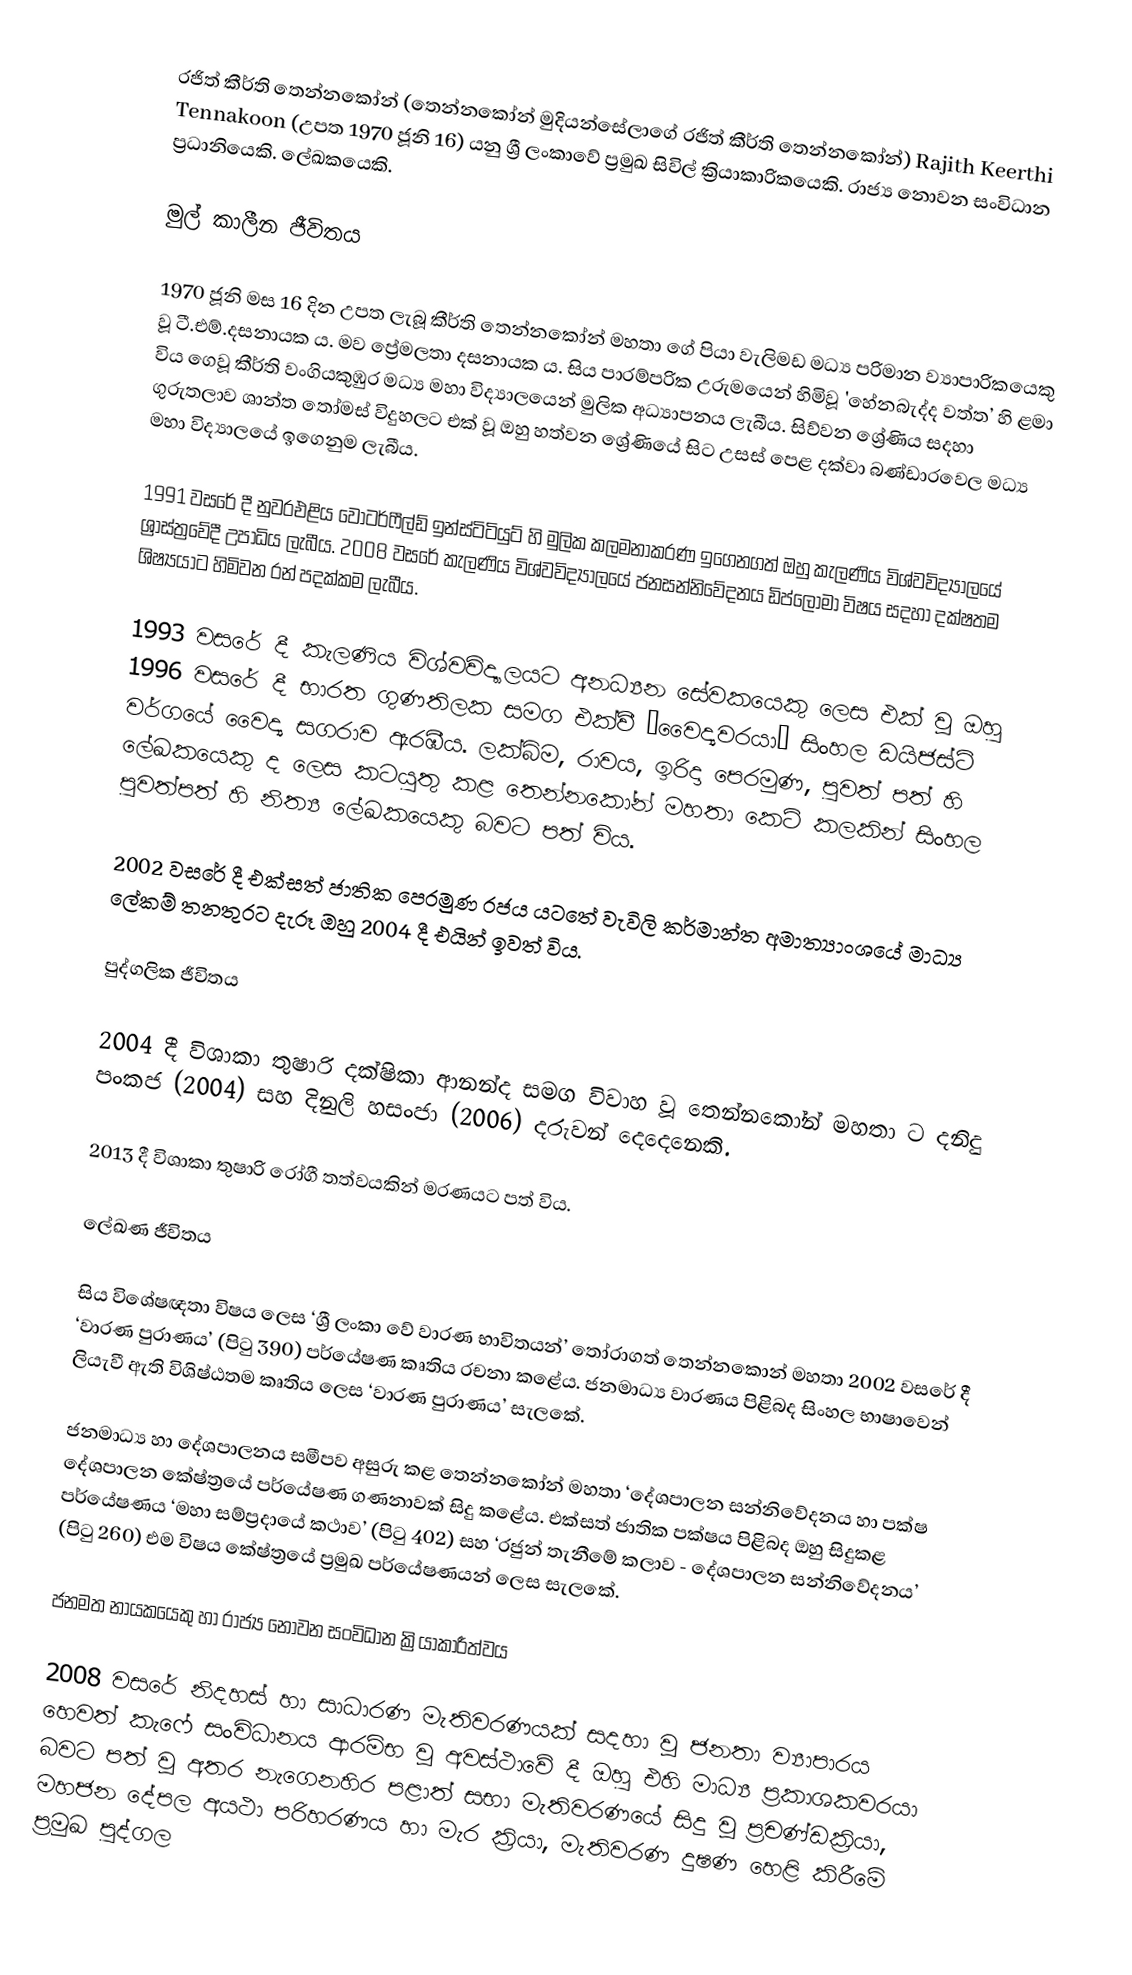
රජිත් කීර්ති තෙන්නකෝන්  (තෙන්නකෝන් මුදියන්සේලාගේ රජිත් කීර්ති තෙන්නකෝන්)  Rajith Keerthi Tennakoon  (උපත 1970 ජූනි 16) යනු ශ්‍රී ලංකාවේ ප්‍රමුඛ සිවිල් ක්‍රියාකාරිකයෙකි. රාජ්‍ය නොවන සංවිධාන ප්‍රධානියෙකි.  ලේඛකයෙකි.  

මුල් කාලීන ජීවිතය

1970 ජූනි මස 16 දින උපත ලැබූ කීර්ති තෙන්නකෝන් මහතා ගේ පියා වැලිමඩ මධ්‍ය පරිමාන ව්‍යාපාරිකයෙකු වූ ටී.එම්.දසනායක ය.  මව ප්‍රේමලතා දසනායක ය. සිය පාරම්පරික උරුමයෙන් හිමිවූ 'හේනබැද්ද වත්ත’ හි ළමා විය ගෙවූ කීර්ති වංගියකුඹුර මධ්‍ය මහා විද්‍යාලයෙන් මුලික අධ්‍යාපනය ලැබීය.  සිව්වන ශ්‍රේණිය සදහා ගුරුතලාව ශාන්ත තෝමස් විදුහලට එක් වූ ඔහු හත්වන ශ්‍රේණියේ සිට උසස් පෙළ දක්වා බණ්ඩාරවෙල මධ්‍ය මහා විද්‍යාලයේ ඉගෙනුම ලැබීය.

1991 වසරේ දී නුවරඑළිය වෝටර්ෆීල්ඩ් ඉන්ස්ටිටියුට් හි මුලික කලමනාකරණ ඉගෙනගත් ඔහු කැලණිය විශ්වවිද්‍යාලයේ ශ්‍රාස්ත්‍රවේදී උපාධිය ලැබීය.  2008 වසරේ කැලණිය විශ්වවිද්‍යාලයේ ජනසන්නිවේදනය ඩිප්ලෝමා විෂය සදහා දක්ෂතම ශිෂ්‍යයාට හිමිවන රන් පදක්කම ලැබීය.   

1993 වසරේ දී කැලණිය විශ්වවිද්‍යාලයට අනධ්‍යන සේවකයෙකු ලෙස එක් වූ ඔහු 1996 වසරේ දී භාරත ගුණතිලක සමග එක්වී ‘වෛද්‍යවරයා’ සිංහල ඩයිජස්ට් වර්ගයේ වෛද්‍ය සගරාව ඇරඹීය.  ලක්බිම, රාවය, ඉරිදා පෙරමුණ, පුවත් පත් හි ලේඛකයෙකු ද ලෙස කටයුතු කළ තෙන්නකෝන් මහතා කෙටි කලකින් සිංහල පුවත්පත් හි නිත්‍ය ලේඛකයෙකු බවට පත් විය. 

2002 වසරේ දී එක්සත් ජාතික පෙරමුණ රජය යටතේ වැවිලි කර්මාන්ත අමාත්‍යාංශයේ මාධ්‍ය ලේකම් තනතුරට දැරූ ඔහු 2004 දී එයින් ඉවත් විය.  

පුද්ගලික ජීවිතය

2004 දී විශාකා තුෂාරි දක්ෂිකා ආනන්ද සමග විවාහ වූ තෙන්නකෝන් මහතා ට දනිදු පංකජ (2004) සහ දිනුලි හසංජා (2006) දරුවන් දෙදෙනෙකි. 

2013 දී විශාකා තුෂාරි රෝගී තත්වයකින් මරණයට පත් විය.  

ලේඛණ ජීවිතය

සිය විශේෂඥතා විෂය ලෙස ‘ශ්‍රී ලංකා වේ වාරණ භාවිතයන්’ තෝරාගත් තෙන්නකොන් මහතා 2002 වසරේ දී ‘වාරණ පුරාණය’ (පිටු 390) පර්යේෂණ කෘතිය රචනා කළේය. ජනමාධ්‍ය වාරණය පිළිබද සිංහල භාෂාවෙන් ලියැවී ඇති විශිෂ්ඨතම කෘතිය ලෙස ‘වාරණ පුරාණය’ සැලකේ.

ජනමාධ්‍ය හා දේශපාලනය සමීපව අසුරු කළ තෙන්නකෝන් මහතා ‘දේශපාලන සන්නිවේදනය හා පක්ෂ දේශපාලන කේෂ්ත්‍රයේ පර්යේෂණ ගණනාවක් සිදු කළේය.  එක්සත් ජාතික පක්ෂය පිළිබද ඔහු සිදුකළ පර්යේෂණය ‘මහා සම්ප්‍රදායේ කථාව’ (පිටු 402) සහ ‘රජුන් තැනීමේ කලාව - දේශපාලන සන්නිවේදනය’ (පිටු 260) එම විෂය කේෂ්ත්‍රයේ ප්‍රමුඛ පර්යේෂණයන් ලෙස සැලකේ.  

ජනමත නායකයෙකු හා රාජ්‍ය නොවන සංවිධාන ක්‍රියාකාරීත්වය

2008 වසරේ නිදහස් හා සාධාරණ මැතිවරණයක් සදහා වූ ජනතා ව්‍යාපාරය හෙවත් කැෆේ සංවිධානය ආරම්භ වූ අවස්ථාවේ දී ඔහු එහි මාධ්‍ය ප්‍රකාශකවරයා බවට පත් වූ අතර නැගෙනහිර පළාත් සභා මැතිවරණයේ සිදු වූ ප්‍රචණ්ඩක්‍රියා, මහජන දේපල අයථා පරිහරණය හා මැර ක්‍රියා, මැතිවරණ දුෂණ හෙළි කිරීමේ ප්‍රමුඛ පුද්ගල